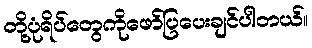
တို့ပုံရိပ်တွေကိုဖော်ပြပေးချင်ပါတယ်။